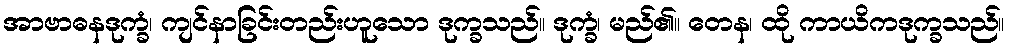
အာဗာဓနဒုက္ခံ၊ ကျင်နာခြင်းတည်းဟူသော ဒုက္ခသည်။ ဒုက္ခံ၊ မည်၏။ တေန၊ ထို ကာယိကဒုက္ခသည်။